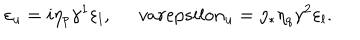
\varepsilon _ { u } = i \eta _ { p } \gamma ^ { 1 } \varepsilon _ { l } , \ \, v a r e p s i l o n _ { u } = \eta _ { * } \eta _ { q } \gamma ^ { 2 } \varepsilon _ { l } .